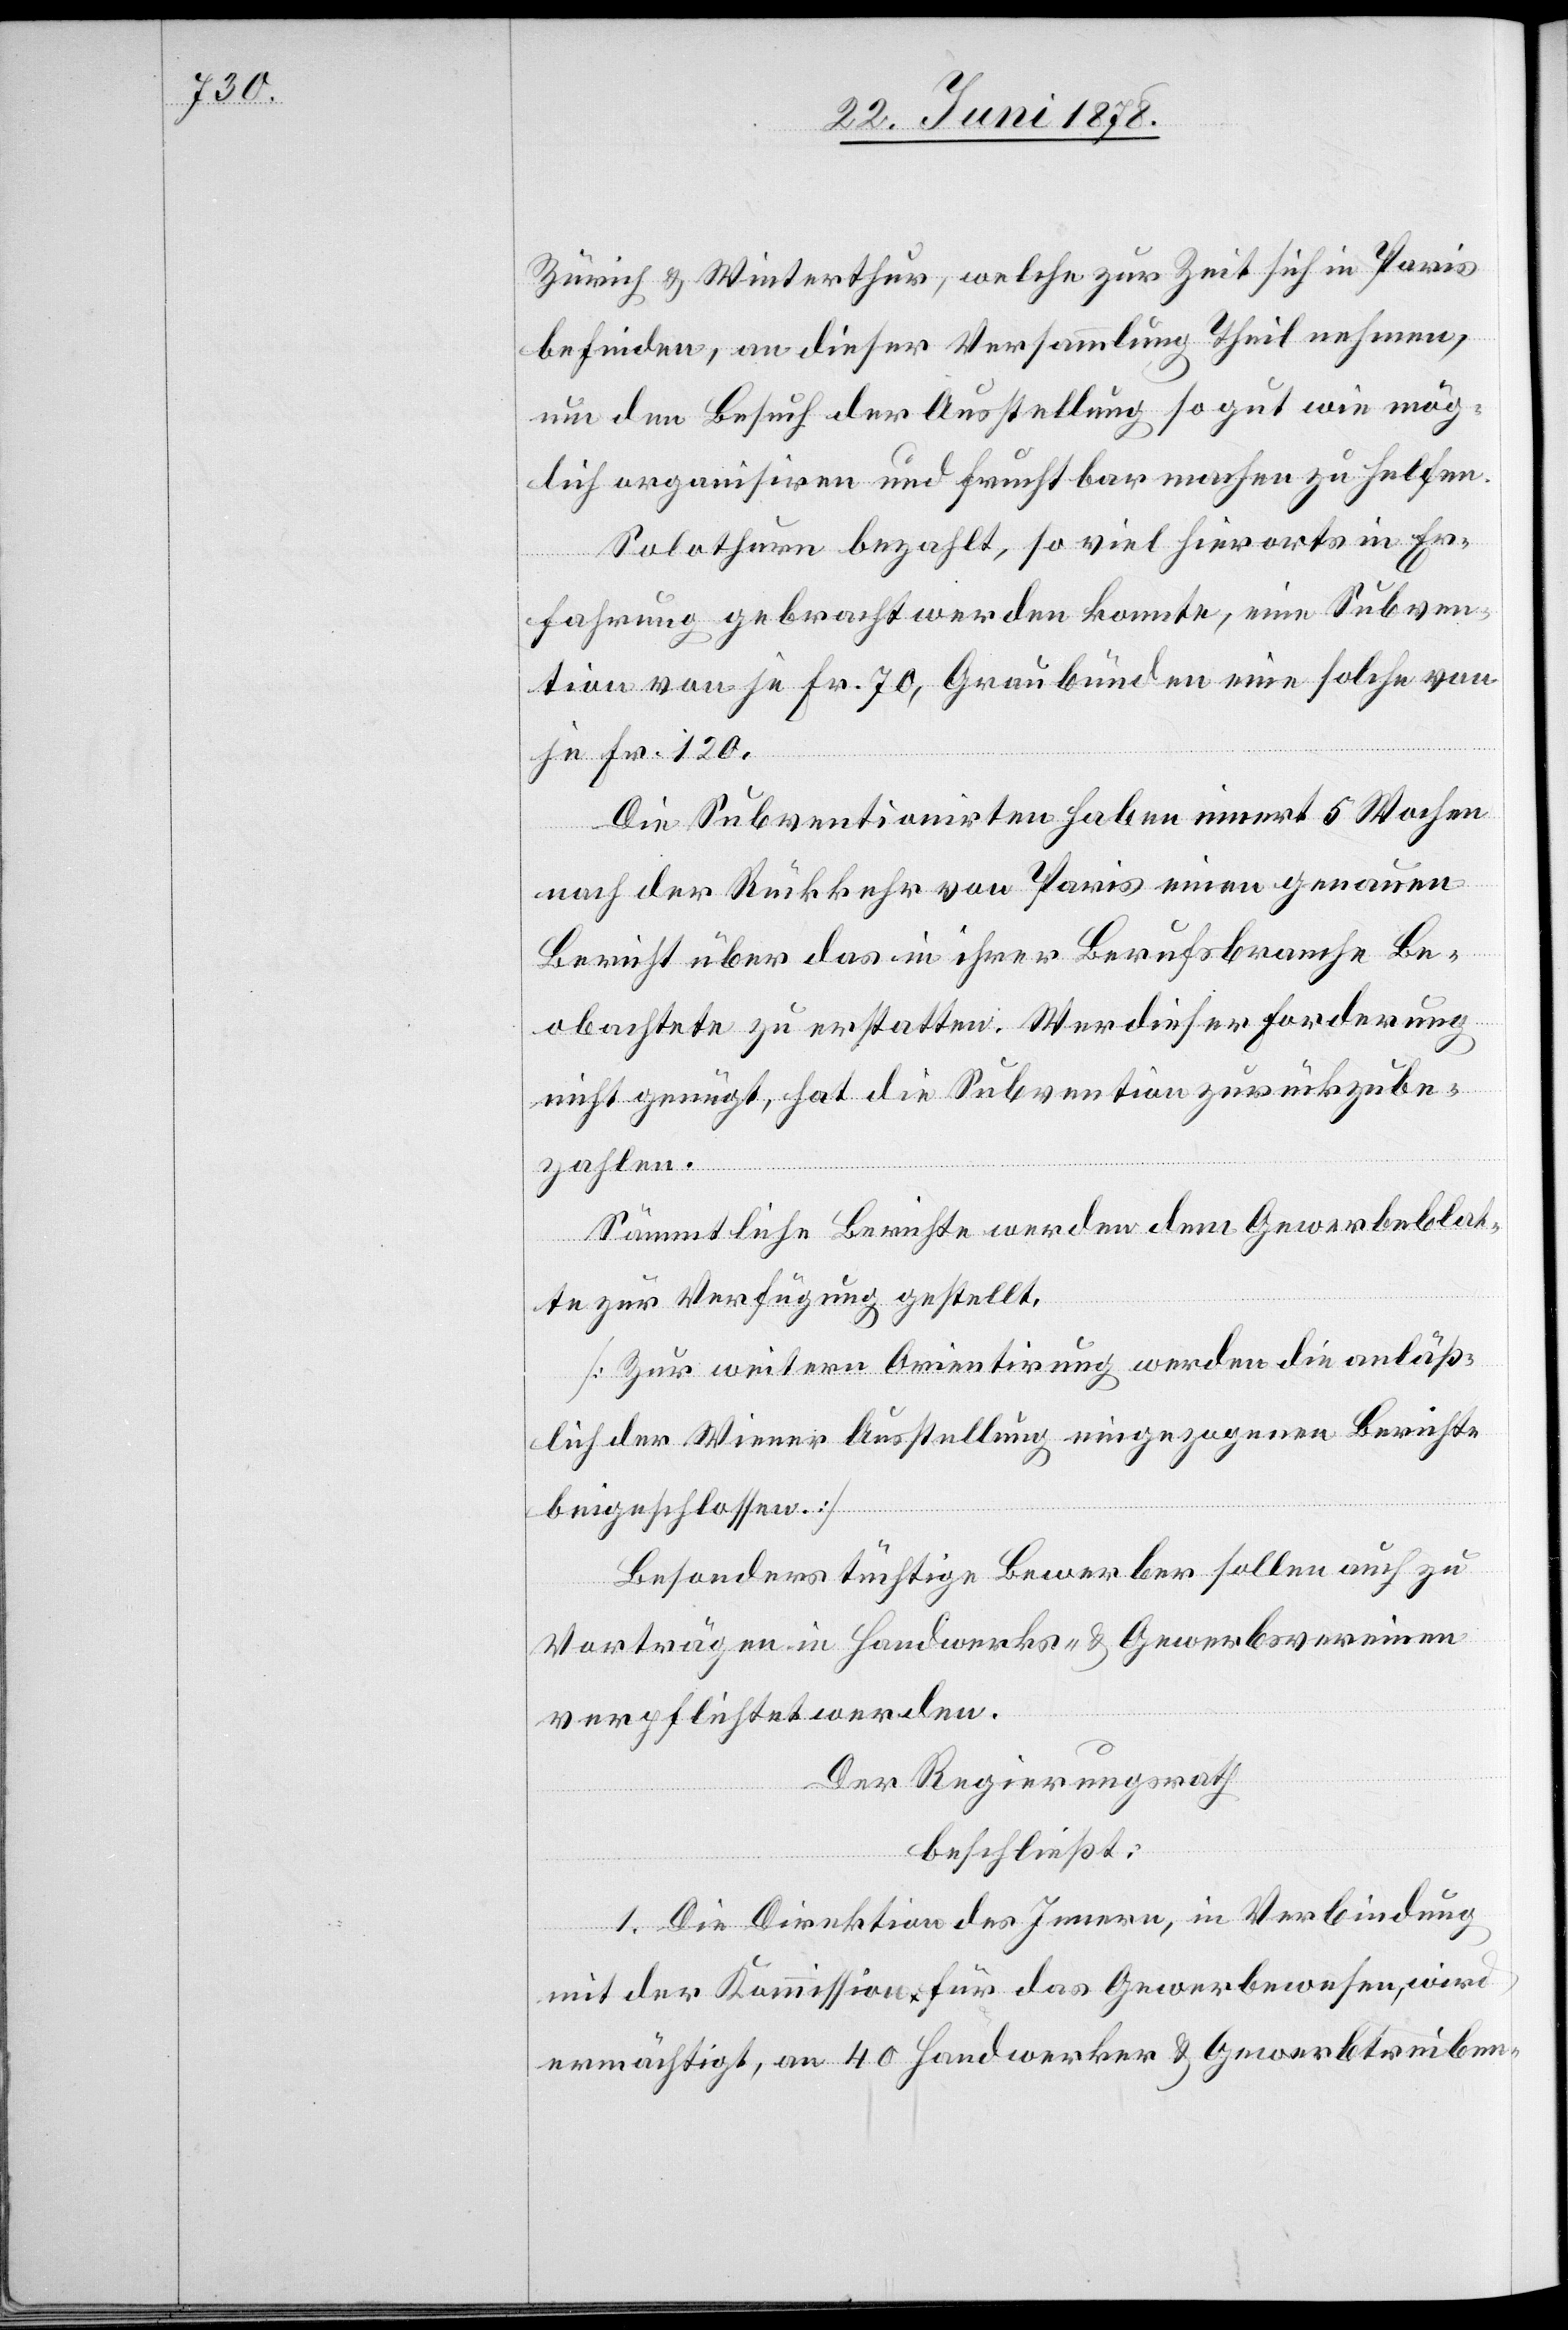
Zürich & Winterthur, welche zur Zeit sich in Paris
befinden, an dieser Versammlung Theil nehmen,
um den Besuch der Ausstellung so gut wie mög¬
lich organisiren und fruchtbar machen zu helfen.
Solothurn bezahlt, so viel hierorts in Er¬
fahrung gebracht werden konnte, eine Subven¬
tion von je Fr. 70, Graubünden eine solche von
je Fr. 120.
Die Subventionirten haben innert 5 Wochen
nach der Rückkehr von Paris einen genauen
Bericht über das in ihrer Berufsbranche Be¬
obachtete zu erstatten. Wer dieser Forderung
nicht genügt, hat die Subvention zurückzube¬
zahlen.
Sämmtliche Berichte werden dem Gewerbeblat¬
te zur Verfügung gestellt.
[Zur weitern Orientirung werden die anläß¬
lich der Wiener Ausstellung eingezogenen Berichte
beigeschlossen.]
Besonders tüchtige Bewerber sollen auch zu
Vorträgen in Handwerks- & Gewerbsvereinen
verpflichtet werden.
Der Regierungsrath
beschließt:
1. Die Direktion des Innern, in Verbindung
mit der Kommission für das Gewerbewesen, wird
ermächtigt, an 40 Handwerker & Gewerbtreiben-